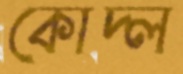
কোদ্‌ল